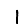
Digit: 1